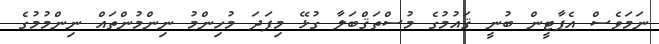
ނަމަވެސް އެޕާޓީން ބުނީ ޤައުމުގެ މުސްތަޤްބަލާ ގުޅޭ މިފަދަ މުހިންމު ނިންމުންތައް ނިންމުމުގެ